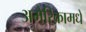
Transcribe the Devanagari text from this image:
अमेरिकामधे